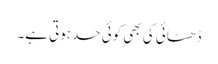
ڈھٹائی کی بھی کوئی حد ہوتی ہے۔